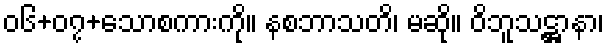
၀၆+၀၇+သောစကားကို။ နစဘာသတိ၊ မဆို။ ဝိဘူသဋ္ဌာနာ၊